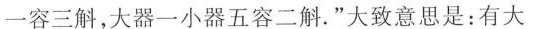
一容三斛，大器一小器五容二斛。”大致意思是：有大